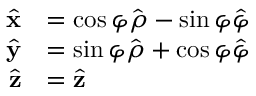
{ \begin{array} { r l } { { \hat { \mathbf { x } } } } & { = \cos \varphi { \hat { \boldsymbol { \rho } } } - \sin \varphi { \hat { \boldsymbol { \varphi } } } } \\ { { \hat { \mathbf { y } } } } & { = \sin \varphi { \hat { \boldsymbol { \rho } } } + \cos \varphi { \hat { \boldsymbol { \varphi } } } } \\ { { \hat { \mathbf { z } } } } & { = { \hat { \mathbf { z } } } } \end{array} }